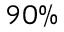
9 0 \%